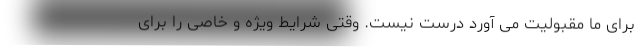
برای ما مقبولیت می آورد درست نیست. وقتی شرایط ویژه و خاصی را برای